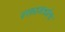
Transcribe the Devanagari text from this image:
रक्तामध्येच